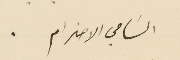
السَامي الاحترام.